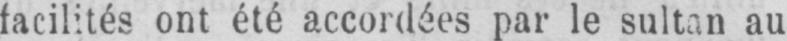
facilités ont été accordées par le sultan au